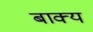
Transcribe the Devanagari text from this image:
बाक्य